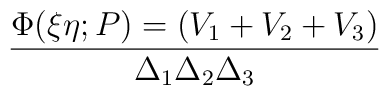
\Phi(\xi \eta; P) = (V_1 + V_2 + V_3) \over {\Delta_1 \Delta_2 \Delta_3}